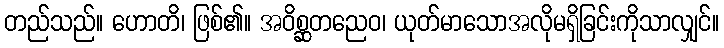
တည်သည်။ ဟောတိ၊ ဖြစ်၏။ အဝိစ္ဆတညေဝ၊ ယုတ်မာသောအလိုမရှိခြင်းကိုသာလျှင်။